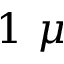
1 ~ \mu